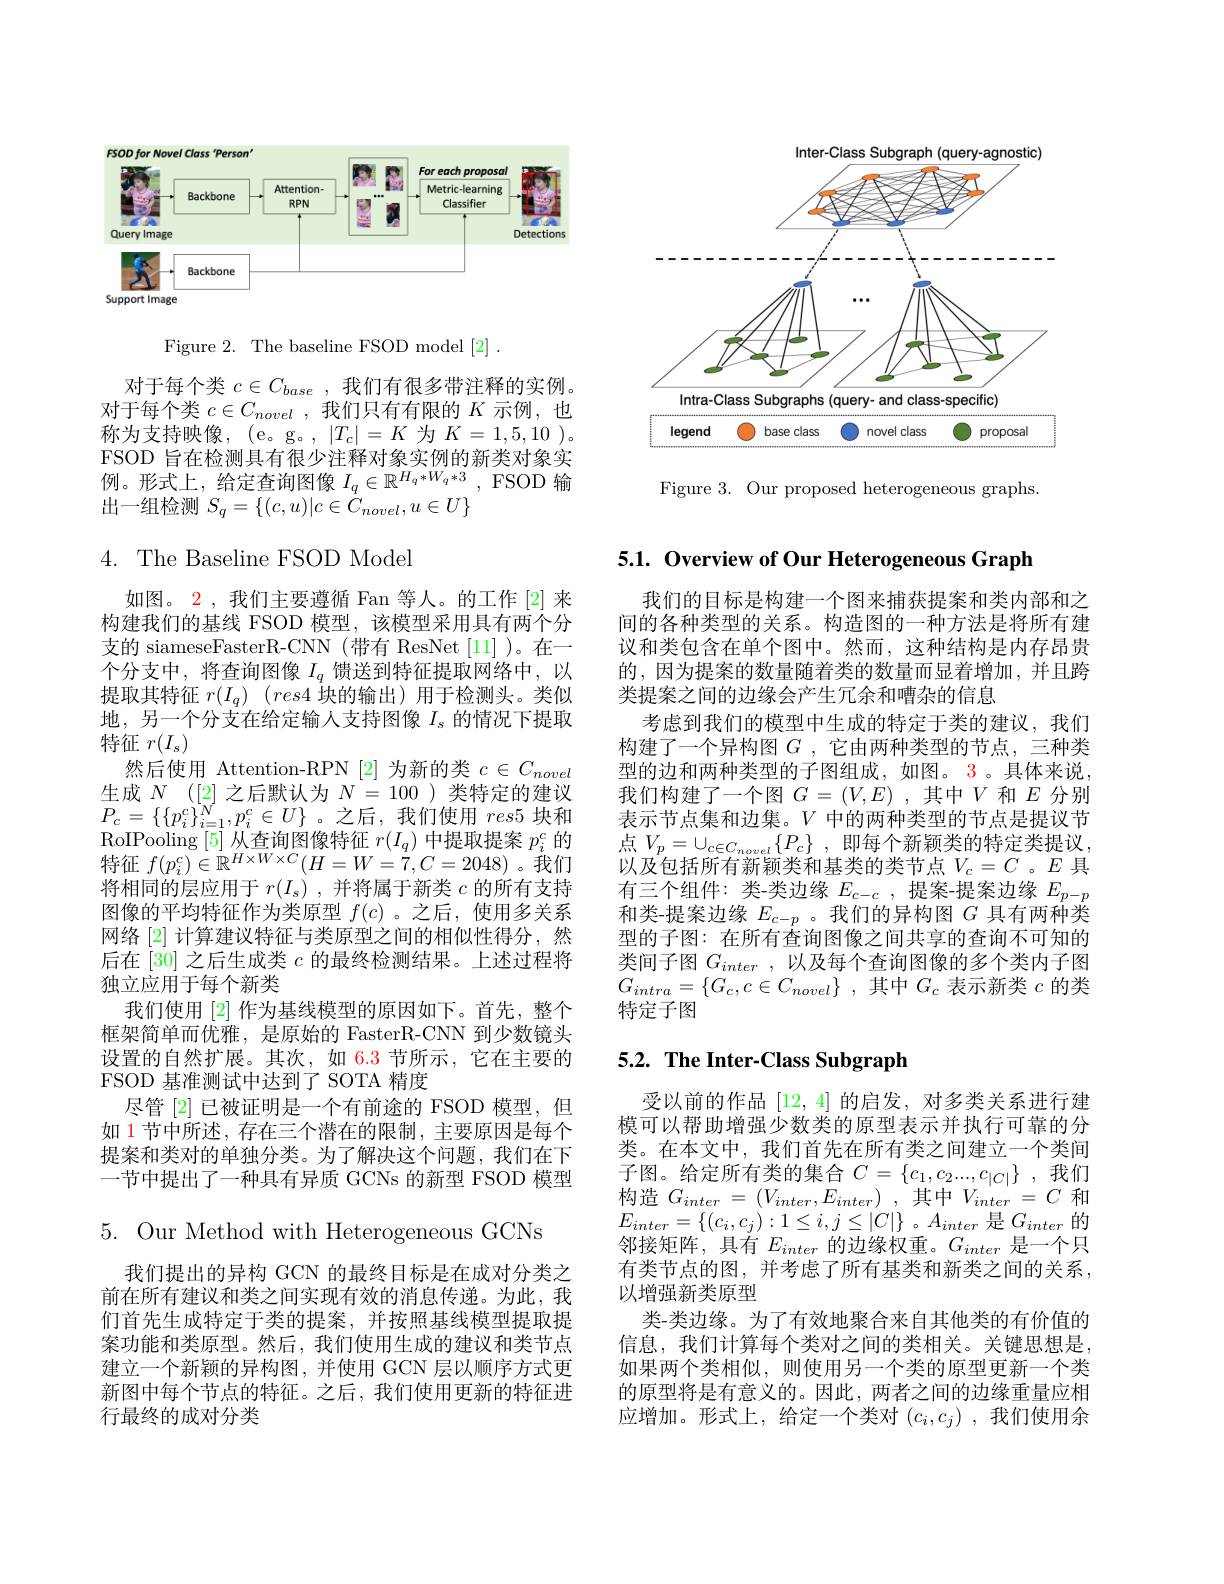
<FigureHere>

Figure 3. Our proposed heterogeneous graphs.

<FigureHere>

Figure 2. The baseline FSOD model [2].

对于每个类$c\in C_base$,我们有很多带注释的实例对于每个类$c\in C_novel$ ,我们只有有限的$K$示例，也称为支持映像，(e。g。, $|T_c|=K$为$K=1,5,10$ )。FSOD 旨在检测具有很少注释对象实例的新类对象实例。形式上，给定查询图像$I_q\in\mathbb{R}^{H_q*W_q*3}$, FSOD 输出一组检测$S_q=\{(c,u)|c\in\bar{C}_{novel},u\in U\}$

## 4. The Baseline FSOD Model

如图。$\color{red}{2}$,我们主要遵循 Fan 等人。的工作 [2]来构建我们的基线 FSOD 模型，该模型采用具有两个分支的 siameseFasterR-CNN (带有 ResNet[1] )。在一个分支中，将查询图像$I_q$馈送到特征提取网络中，以提取其特征$r( I_q)$ $( res4$块的输出)用于检测头。类似地，另一个分支在给定输入支持图像$I_\mathrm{s}$的情况下提取特征$r(I_\mathrm{s})$
然后使用 Attention-RPN [2] 为新的类$c\in C_novel$ 生成$N$ ([2]之后默认为$N=100$ )类特定的建议$P_{c}=\{\{p_{i}^{c}\}_{i=1}^{N},p_{i}^{c}\in U\}$。之后，我们使用$res5$块和$\begin{array}{l}\mathrm{RoIPooling~[5]~从查询图像特征~}r(I_q)\text{ 中提取提案 }p_i^c\text{ 的}\\\text{特征 }f(p_i^c)\in\mathbb{R}^{H\times W\times C}(H=W=7,C=2048)\text{。我们}\end{array}$ 将相同的层应用于$r(I_s)$ ,并将属于新类$c$的所有支持图像的平均特征作为类原型$f(c)$ 。之后，使用多关系网络 [2] 计算建议特征与类原型之间的相似性得分，然后在[30]之后生成类$c$的最终检测结果。上述过程将独立应用于每个新类
我们使用[2]作为基线模型的原因如下。首先，整个框架简单而优雅，是原始的 FasterR-CNN 到少数镜头设置的自然扩展。其次，如 6.3 节所示，它在主要的FSOD 基准测试中达到了 SOTA 精度
尽管 [2] 已被证明是一个有前途的 FSOD 模型，但如 1 节中所述，存在三个潜在的限制，主要原因是每个提案和类对的单独分类。为了解决这个问题，我们在下一节中提出了一种具有异质 GCNs 的新型 FSOD 模型

$5.{\mathrm{~Our~Method~with~Heterogeneous~GCNs}}$

我们提出的异构 GCN 的最终目标是在成对分类之前在所有建议和类之间实现有效的消息传递。为此，我们首先生成特定于类的提案，并按照基线模型提取提案功能和类原型。然后，我们使用生成的建议和类节点建立一个新颖的异构图，并使用 GCN 层以顺序方式更新图中每个节点的特征。之后，我们使用更新的特征进行最终的成对分类

5.1. Overview of Our Heterogeneous Graph

我们的目标是构建一个图来捕获提案和类内部和之间的各种类型的关系。构造图的一种方法是将所有建议和类包含在单个图中。然而，这种结构是内存昂贵的，因为提案的数量随着类的数量而显着增加，并且跨类提案之间的边缘会产生冗余和嘈杂的信息
考虑到我们的模型中生成的特定于类的建议，我们构建了一个异构图$G$ ,它由两种类型的节点，三种类型的边和两种类型的子图组成，如图。3。具体来说， 我们构建了一个图$G=(V,E)$ ,其中$V$和$E$分别表示节点集和边集。$V$中的两种类型的节点是提议节点$V_p=\cup_{c\in C_{novel}}\left\{P_c\right\}$,即每个新颖类的特定类提议， 以及包括所有新颖类和基类的类节点$V_c=C$ 。$E$具有三个组件：类-类边缘$E_{c-c}$,提案-提案边缘$E_p-p$ 和类-提案边缘$E_{c-p}$ 。我们的异构图$G$具有两种类型的子图：在所有查询图像之间共享的查询不可知的类间子图$G_{inter}$ ,以及每个查询图像的多个类内子图$G_{intra}= \{ G_{c}, c\in C_{novel}\}$ ,其中$G_c$ 表示新类 $c$ 的类特定子图

# 5.2. The Inter-Class Subgraph

受以前的作品[12,4]的启发，对多类关系进行建模可以帮助增强少数类的原型表示并执行可靠的分类。在本文中，我们首先在所有类之间建立一个类间子图。给定所有类的集合$C=\{c_1,c_2...,c_{|C|}\}$,我们构造$G_inter= ( V_{inter}, E_{inter})$ ,其中$V_inter=C$ 和$E_{inter}=\{(c_i,c_j):1\leq i,j\leq|C|\}$。$A_inter$ 是$G_inter$ 的邻接矩阵，具有$E_inter$的边缘权重。$G_inter$是一个只有类节点的图，并考虑了所有基类和新类之间的关系， 以增强新类原型
类-类边缘。为了有效地聚合来自其他类的有价值的信息，我们计算每个类对之间的类相关。关键思想是如果两个类相似，则使用另一个类的原型更新一个类的原型将是有意义的。因此，两者之间的边缘重量应相应增加。形式上，给定一个类对$(c_i,c_j)$ ,我们使用余